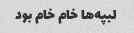
لبپه‌ها خام خام بود